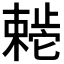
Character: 𬆊